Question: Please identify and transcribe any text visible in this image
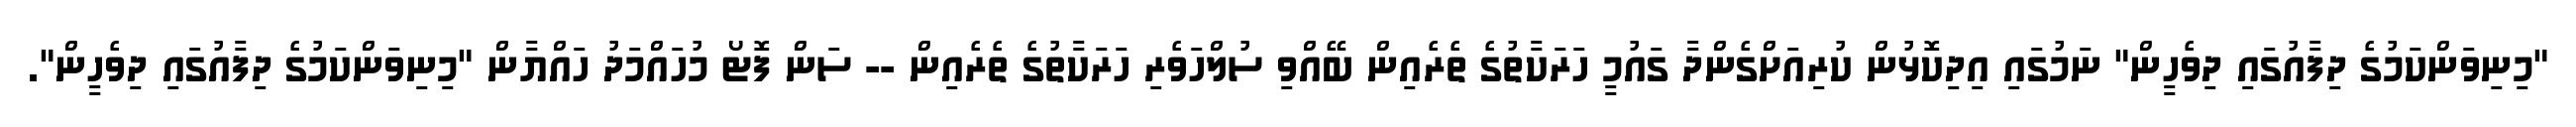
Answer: "މިނިވަންކަމުގެ ދިފާއުގައި ދިވެހީން" ނަމުގައި އިދިކޮޅުން ކުރިއަށްގެންދާ ގައުމީ ހަރަކާތުގެ ތެރެއިން ބޭއްވި ސުލްހަވެރި ހަރަކާތުގެ ތެރެއިން -- ސަން ފޮޓޯ މުހައްމަދު ހައްޔާން "މިނިވަންކަމުގެ ދިފާއުގައި ދިވެހީން".